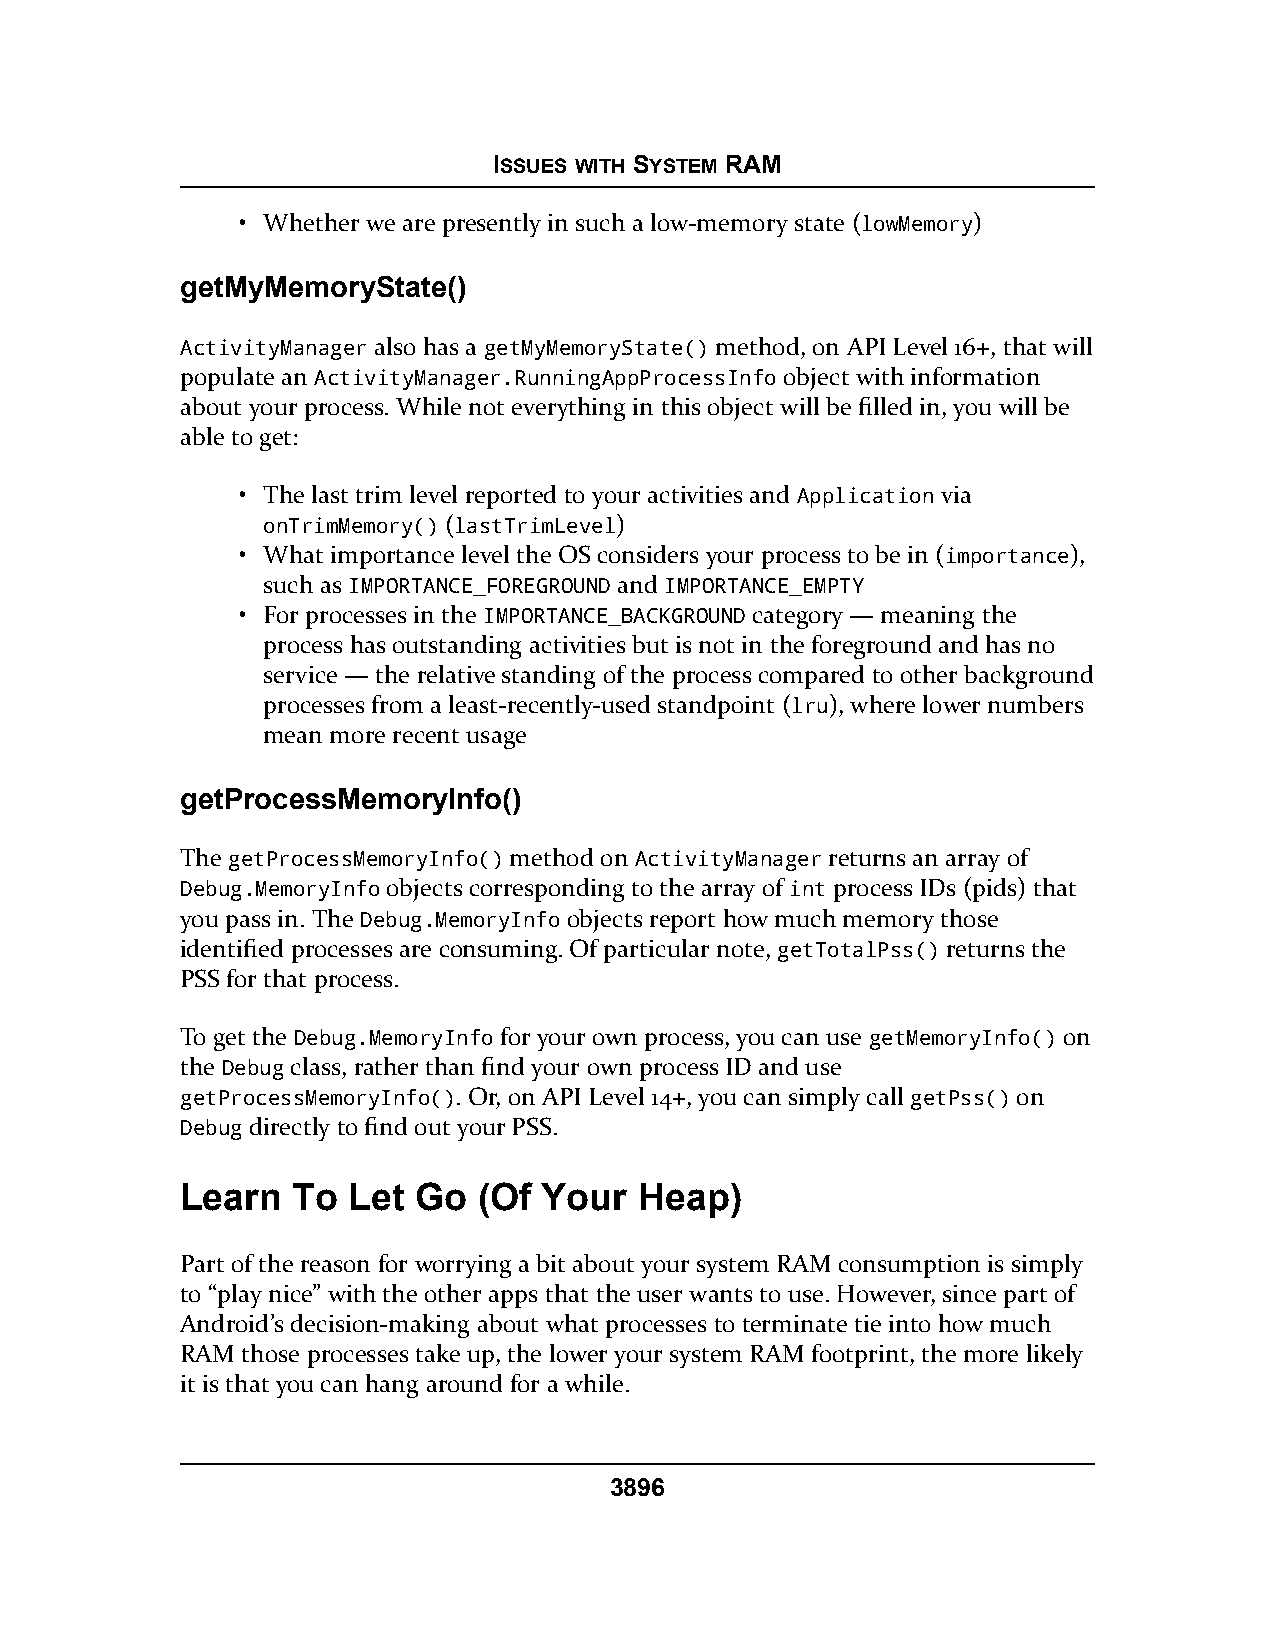
ISSUES WITH SYSTEM RAM
 • Whether we are presently in such a low-memory state (lowMemory)
 getMyMemoryState()
 ActivityManager also has a getMyMemoryState() method, on API Level 16+, that will
 populate an ActivityManager.RunningAppProcessInfo object with information
 about your process. While not everything in this object will be filled in, you will be
 able to get:
 • The last trim level reported to your activities and Application via
 onTrimMemory() (lastTrimLevel)
 • What importance level the OS considers your process to be in (importance),
 such as IMPORTANCE_FOREGROUND and IMPORTANCE_EMPTY
 • For processes in the IMPORTANCE_BACKGROUND category — meaning the
 process has outstanding activities but is not in the foreground and has no
 service — the relative standing of the process compared to other background
 processes from a least-recently-used standpoint (lru), where lower numbers
 mean more recent usage
 getProcessMemoryInfo()
 The getProcessMemoryInfo() method on ActivityManager returns an array of
 Debug.MemoryInfo objects corresponding to the array of int process IDs (pids) that
 you pass in. The Debug.MemoryInfo objects report how much memory those
 identified processes are consuming. Of particular note, getTotalPss() returns the
 PSS for that process.
 To get the Debug.MemoryInfo for your own process, you can use getMemoryInfo() on
 the Debug class, rather than find your own process ID and use
 getProcessMemoryInfo(). Or, on API Level 14+, you can simply call getPss() on
 Debug directly to find out your PSS.
 Learn  To  Let  Go  (Of Your  Heap)
 Part of the reason for worrying a bit about your system RAM consumption is simply
 to “play nice” with the other apps that the user wants to use. However, since part of
 Android’s decision-making about what processes to terminate tie into how much
 RAM those processes take up, the lower your system RAM footprint, the more likely
 it is that you can hang around for a while.
 3896